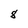
Character: 8